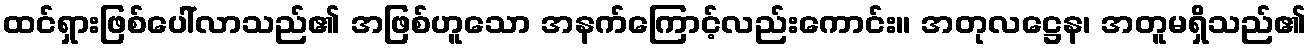
ထင်ရှားဖြစ်ပေါ်လာသည်၏ အဖြစ်ဟူသော အနက်ကြောင့်လည်းကောင်း။ အတုလဋ္ဌေန၊ အတူမရှိသည်၏